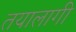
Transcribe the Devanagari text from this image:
तयालागी